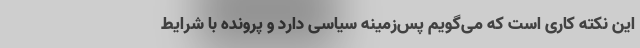
این نکته کاری است که می‌گویم پس‌زمینه سیاسی دارد و پرونده با شرایط